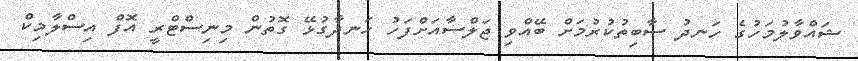
ޝައްވާލުމަހުގެ ހަނދު ސާބިތުކުރުމަށް ބޭއްވި ޖަލްސާއަށްފަހު ހަނދާގުޅޭ ގޮތުން މިނިސްޓްރީ އޮފް އިސްލާމިކް